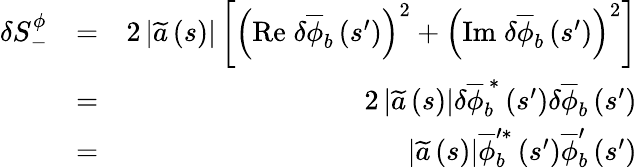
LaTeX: \begin{array}{rlr}{\delta S_{-}^{\phi}}&{=}&{2\left\vert\widetilde{a}\left(s\right)\right\vert\left[\left(\mathrm{Re}\; \delta\overline{{\phi}}_{b}\left(s^{\prime}\right)\right)^{2}+\left(\mathrm{Im}\; \delta\overline{{\phi}}_{b}\left(s^{\prime}\right)\right)^{2}\right]}\\ &{=}&{2\left\vert\widetilde{a}\left(s\right)\right\vert\delta\overline{{\phi}}_{b}^{\, \ast}\left(s^{\prime}\right)\delta\overline{{\phi}}_{b}\left(s^{\prime}\right)}\\ &{=}&{\left\vert\widetilde{a}\left(s\right)\right\vert\overline{{\phi}}_{b}^{\prime\ast}\left(s^{\prime}\right)\overline{{\phi}}_{b}^{\prime}\left(s^{\prime}\right)}\end{array}